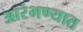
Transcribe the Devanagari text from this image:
आरंभण्यात